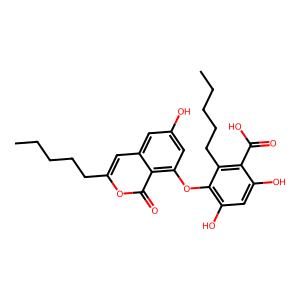
SMILES: CCCCCc1cc2cc(O)cc(Oc3c(O)cc(O)c(C(=O)O)c3CCCCC)c2c(=O)o1
Inhibits HIV replication: No